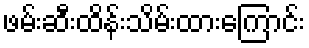
ဖမ်းဆီးထိန်းသိမ်းထားကြောင်း